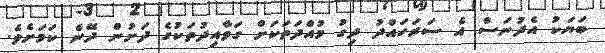
ބަޔަކު އެދުނަސް އެ ސަރަހައްދު ދިގު މުއްދަތަކަށް ގަވާއިދުތަކުގެ ދަށުން ދޭނެ ކަމަށެވެ.